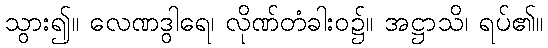
သွား၍။ လေဏဒွါရေ၊ လိုဏ်တံခါးဝ၌။ အဋ္ဌာသိ၊ ရပ်၏။